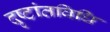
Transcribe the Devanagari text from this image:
दृष्टांतविधि